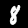
Label: 8